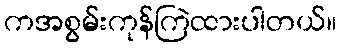
ကအစွမ်းကုန်ကြဲထားပါတယ်။